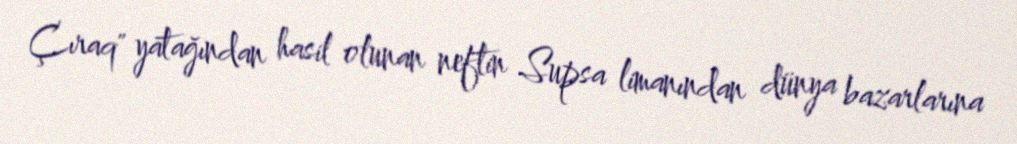
Çıraq" yatağından hasil olunan neftin Supsa limanından dünya bazarlarına